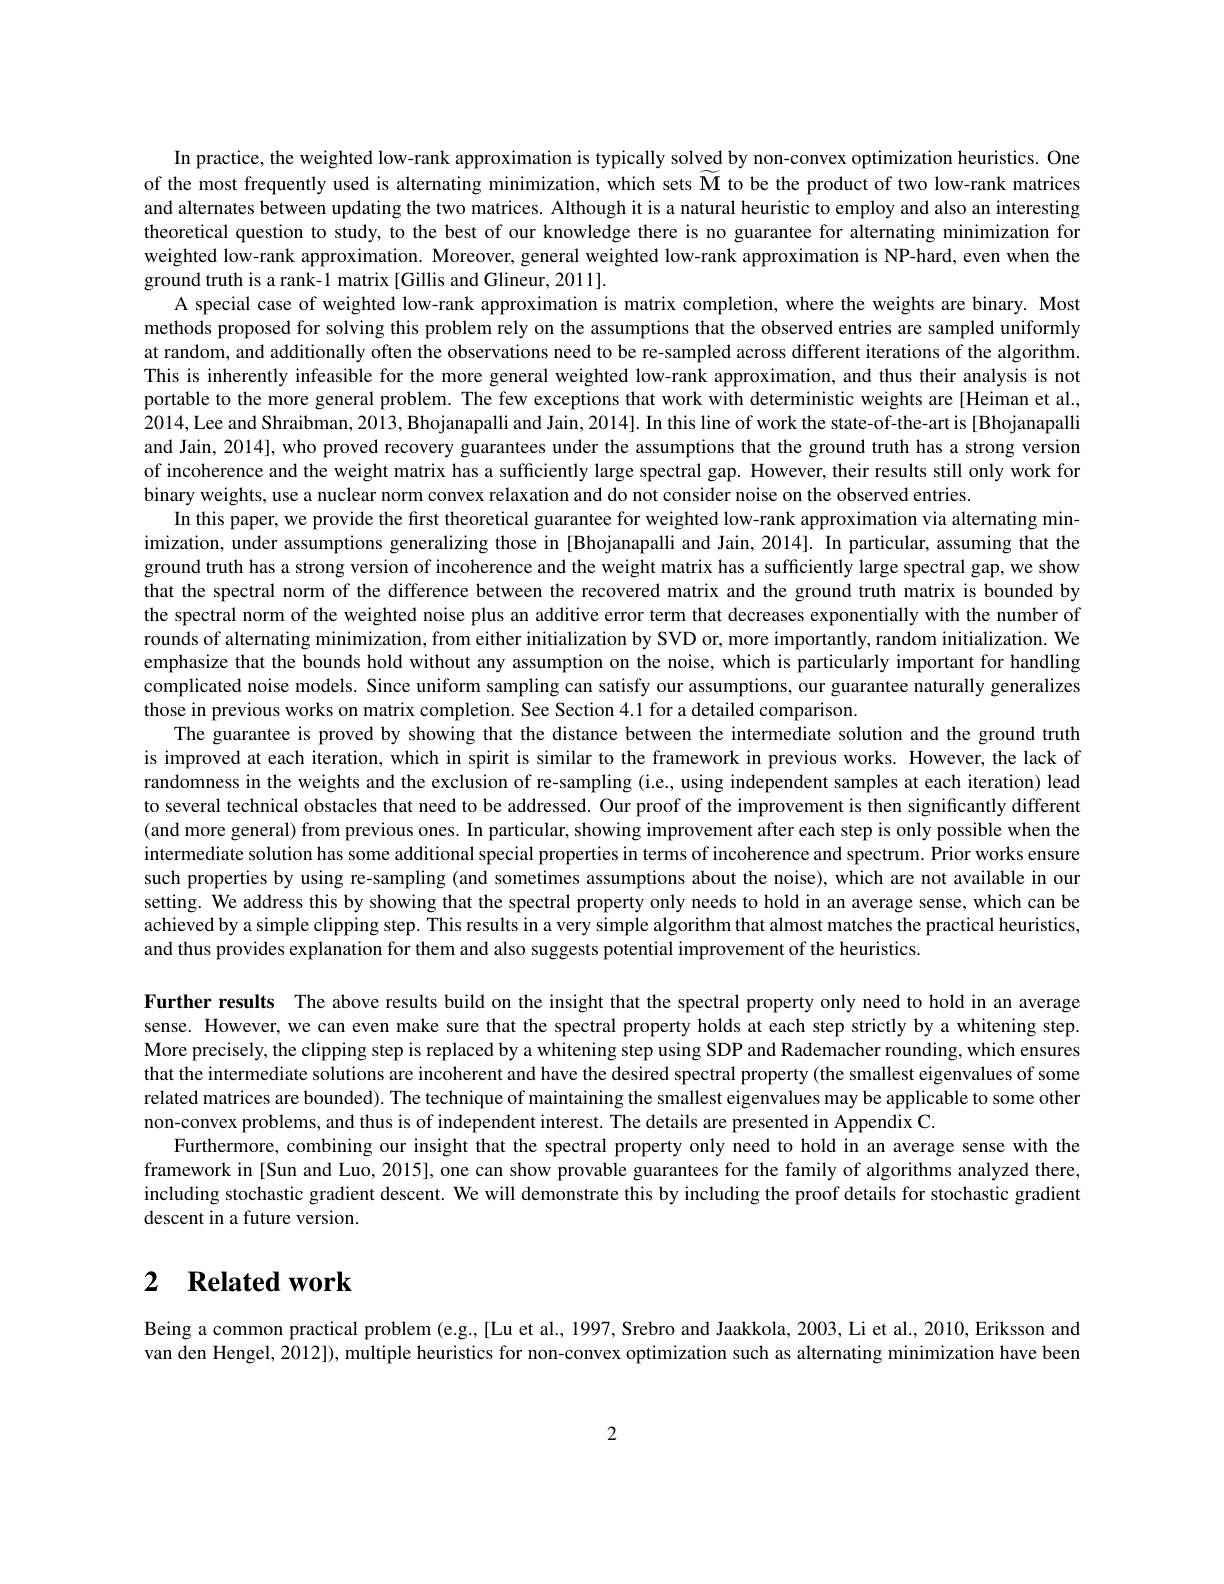
In practice, the weighted low-rank approximation is typically solved by non-convex optimization heuristics. One of the most frequently used is alternating minimization, which sets $\widetilde{\mathbf{M}}$ to be the product of two low-rank matrices and alternates between updating the two matrices. Although it is a natural heuristic to employ and also an interesting theoretical question to study, to the best of our knowledge there is no guarantee for alternating minimization for weighted low-rank approximation. Moreover, general weighted low-rank approximation is NP-hard, even when the ground truth is a rank-1 matrix [Gillis and Glineur, 2011].
A special case of weighted low-rank approximation is matrix completion, where the weights are binary. Most methods proposed for solving this problem rely on the assumptions that the observed entries are sampled uniformly at random, and additionally often the observations need to be re-sampled across different iterations of the algorithm. This is inherently infeasible for the more general weighted low-rank approximation, and thus their analysis is not portable to the more general problem. The few exceptions that work with deterministic weights are [Heiman et al., 2014,Lee and Shraibman, 2013, Bhojanapalli and Jain, 2014]. In this line of work the state-of-the-art is[Bhojanapalli and Jain, 2014], who proved recovery guarantees under the assumptions that the ground truth has a strong version of incoherence and the weight matrix has a sufficiently large spectral gap. However, their results still only work for binary weights, use a nuclear norm convex relaxation and do not consider noise on the observed entries.
In this paper, we provide the first theoretical guarantee for weighted low-rank approximation via alternating minimization, under assumptions generalizing those in [Bhojanapalli and Jain, 2014]. In particular, assuming that the ground truth has a strong version of incoherence and the weight matrix has a sufficiently large spectral gap, we show that the spectral norm of the difference between the recovered matrix and the ground truth matrix is bounded by the spectral norm of the weighted noise plus an additive error term that decreases exponentially with the number of rounds of alternating minimization, from either initialization by SVD or, more importantly, random initialization. We emphasize that the bounds hold without any assumption on the noise, which is particularly important for handling complicated noise models. Since uniform sampling can satisfy our assumptions, our guarantee naturally generalizes those in previous works on matrix completion. See Section 4.1 for a detailed comparison.
The guarantee is proved by showing that the distance between the intermediate solution and the ground truth is improved at each iteration, which in spirit is similar to the framework in previous works. However, the lack of randomness in the weights and the exclusion of re-sampling (i.e., using independent samples at each iteration) lead to several technical obstacles that need to be addressed. Our proof of the improvement is then significantly different (and more general) from previous ones. In particular, showing improvement after each step is only possible when the intermediate solution has some additional special properties in terms of incoherence and spectrum. Prior works ensure such properties by using re-sampling (and sometimes assumptions about the noise), which are not available in our setting. We address this by showing that the spectral property only needs to hold in an average sense, which can be achieved by a simple clipping step. This results in a very simple algorithm that almost matches the practical heuristics, and thus provides explanation for them and also suggests potential improvement of the heuristics.

Further results The above results build on the insight that the spectral property only need to hold in an average sense. However, we can even make sure that the spectral property holds at each step strictly by a whitening step. More precisely, the clipping step is replaced by a whitening step using SDP and Rademacher rounding, which ensures that the intermediate solutions are incoherent and have the desired spectral property (the smallest eigenvalues of some related matrices are bounded). The technique of maintaining the smallest eigenvalues may be applicable to some other non-convex problems, and thus is of independent interest. The details are presented in Appendix C.
Furthermore, combining our insight that the spectral property only need to hold in an average sense with the framework in[Sun and Luo, 2015], one can show provable guarantees for the family of algorithms analyzed there, including stochastic gradient descent. We will demonstrate this by including the proof details for stochastic gradient descent in a future version.

# 2 $\textbf{Related work}$

Being a common practical problem (e.g.,[Lu et al., 1997,Srebro and Jaakkola, 2003, Li et al., 2010, Eriksson and van den Hengel, 2012]), multiple heuristics for non-convex optimization such as alternating minimization have beem

2